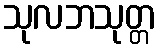
သုလဘသုတ္တ